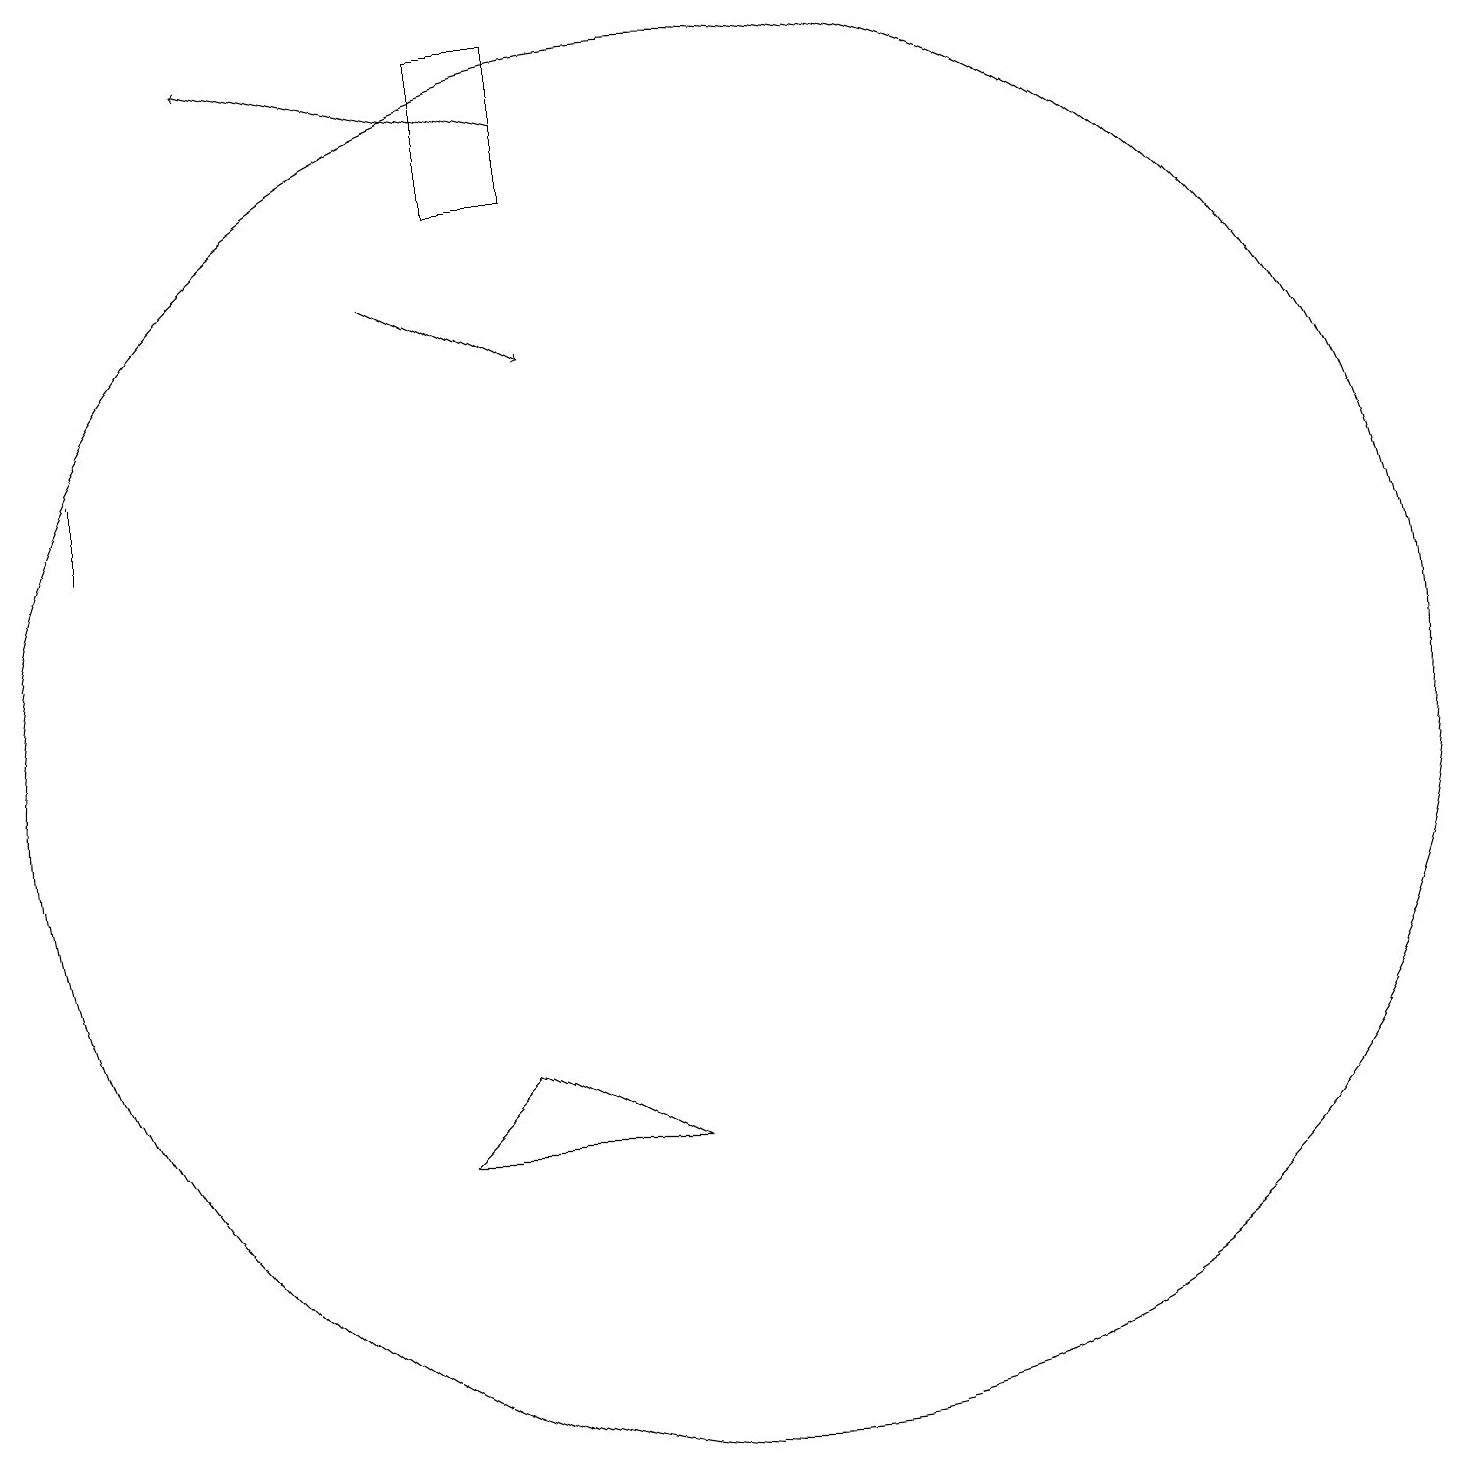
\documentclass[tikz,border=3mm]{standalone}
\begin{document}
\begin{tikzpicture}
\draw (8,19) rectangle (7,17);
\draw[->] (8,18) -- (4,19);
\draw (2,13) rectangle (2,14);
\draw (10,10) circle (9);
\draw (9,5) -- (6,5) -- (7,6) -- cycle;
\draw[->] (6,16) -- (8,15);
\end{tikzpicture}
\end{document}